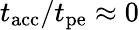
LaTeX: t_{\mathrm{acc}}/t_{\mathrm{pe}}\approx 0